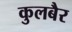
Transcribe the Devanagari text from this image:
कुलबैर